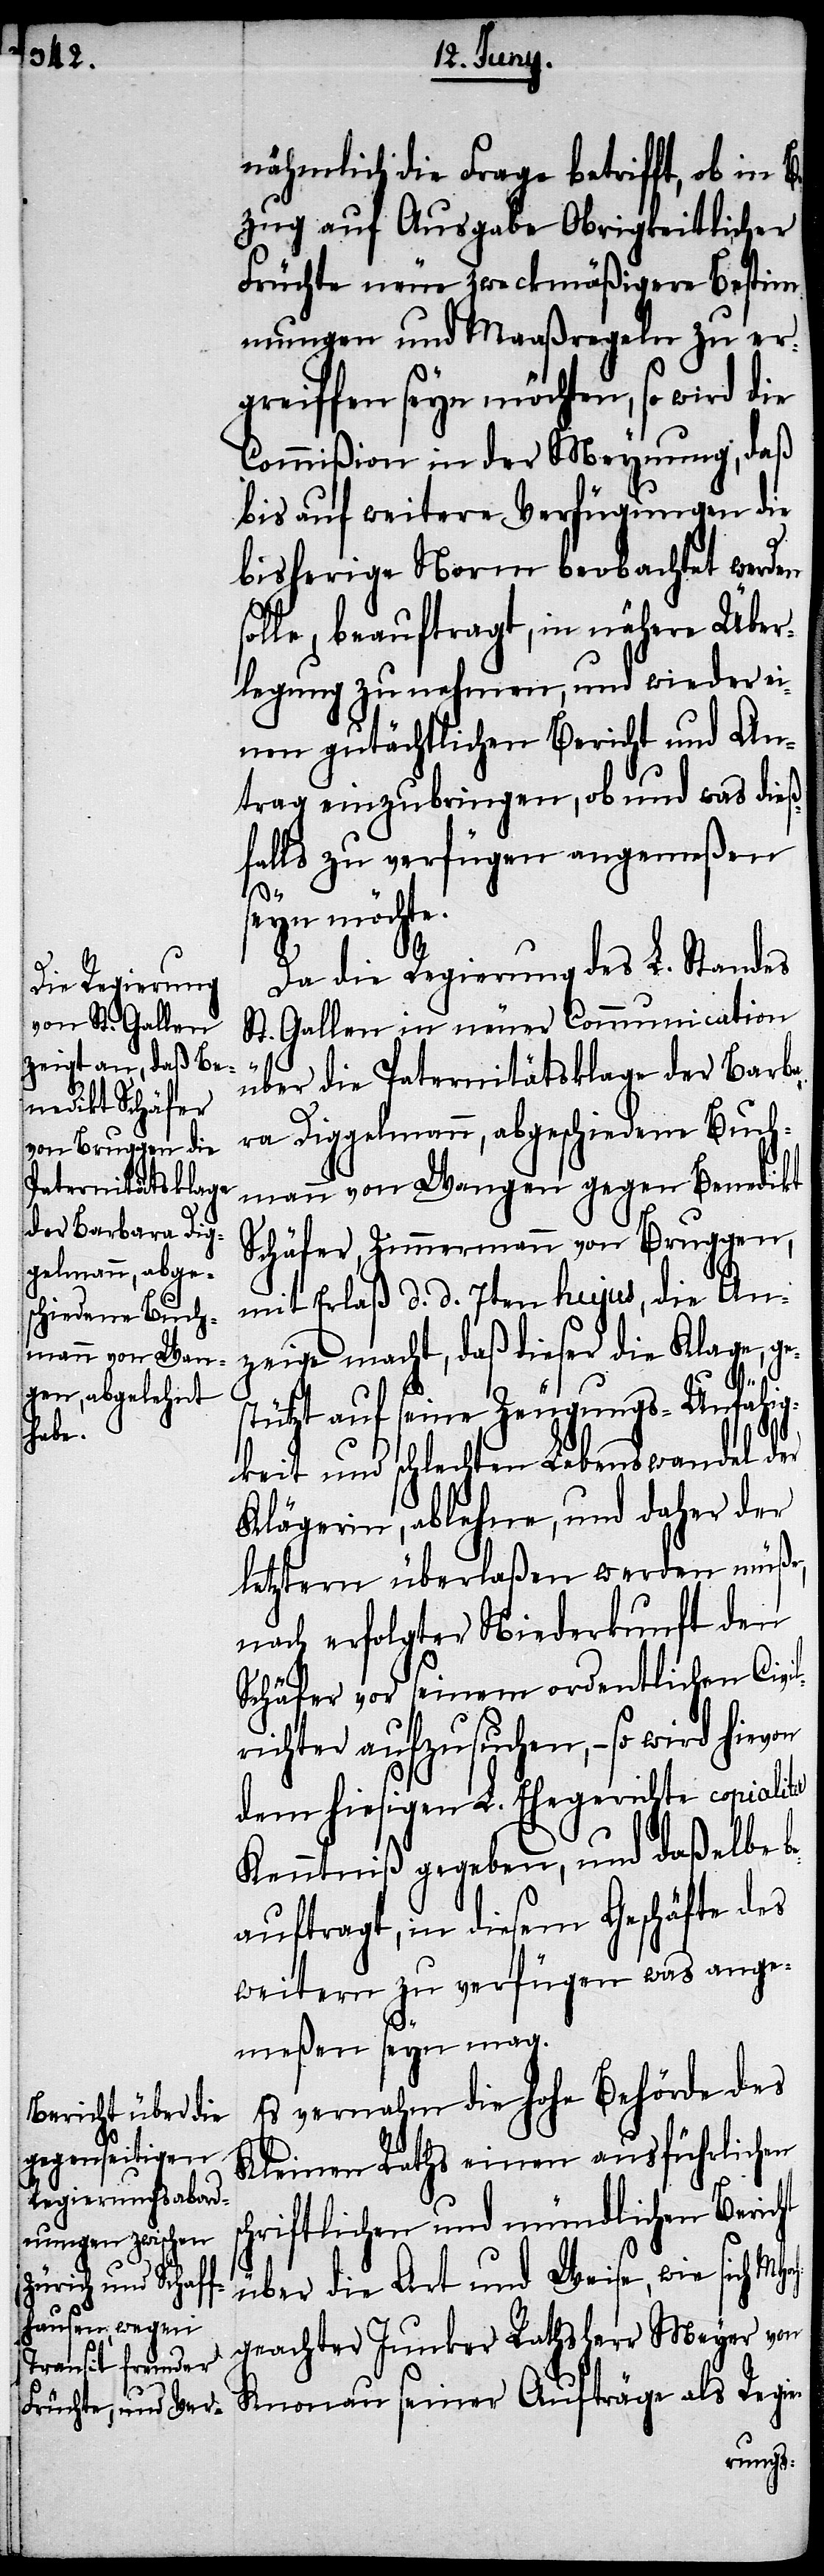
Hoch¬

nähmlich die Frage betrifft, ob in
zug auf Ausgabe Obrigkeitlicher
Früchte neue zweckmäßigere Bestim¬
mungen und Maaßregeln zu er¬
greiffen seyn möchten, so wird die
Commißion in der Meynung, daß
bis auf weitere Verfügungen die
bisherige Norm beobachtet werden
solle, beauftragt, in nähere Über¬
legung zu nehmen, und wieder ei¬
nen gutächtlichen Bericht und An¬
trag einzubringen, ob und was dieß¬
falls zu verfügen angemeßen
seyn möchte.
Da die Regierung des L. Standes
St. Gallen in neuer Communication
über die Paternitätsklage der Barba¬
ra Diggelmann, abgeschiedene Buch¬
mann von Wengen gegen Benedikt
Schäfer, Zimmermann von Bruggen,
mit Erlaß d. d. 7ten hujus, die An¬
zeige macht, daß dieser Klage, ge¬
stützt auf seine Zeugungs-Unfähig¬
sc¬
keit und schlechten Lebenswandel der
Klägerin, ablehne, und daher der
letztern überlaßen werden müße,
nach erfolgter Niederkunft den
Schäfer vor seinem ordentlichen Civil¬
richter aufzusuchen, – so wird hievon
dem hiesigen L. Ehegerichte copialiter
Kenntniß gegeben, und daßelbe b¬
eauftragt, in diesem Geschäfte des
weitern zu verfügen was ange¬
meßen seyn mag.
Es vernahm die hohe Behörde des
Kleinen Raths einen ausführlichen
hriftlichen und mündlichen Bericht
über die Art und Weise, wie sich M¬
geachter Junker Rathsherr Meyer von
Knonau seiner Aufträge als Regie-